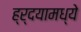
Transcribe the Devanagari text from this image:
ह्र्दयामध्ये